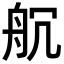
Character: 𮎃